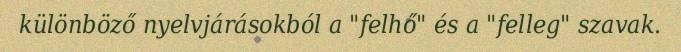
különböző nyelvjárásokból a "felhő" és a "felleg" szavak.